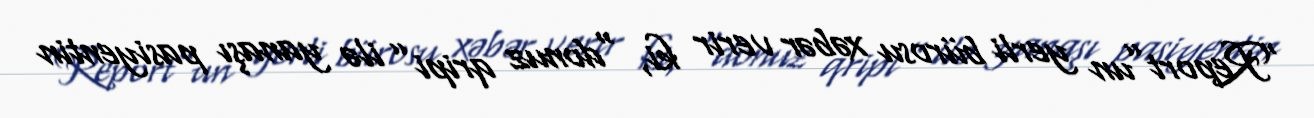
“Report”un yerli bürosu xəbər verir ki, “donuz qripi” ilə yanaşı pasiyentin